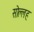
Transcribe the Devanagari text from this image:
सोल्लह